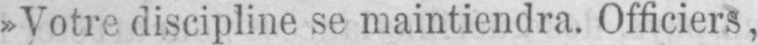
»Votre discipline se maintiendra. Officiers,